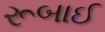
રૂબાઈ